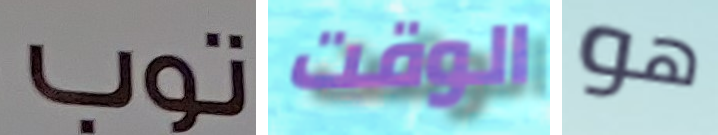
توب الوقت هو